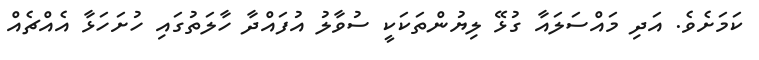
ކަމަށެވެ. އަދި މައްސަލައާ ގުޅޭ ލިޔުންތަކަކީ ސުވާލު އުފައްދާ ހާލަތުގައި ހުށަހަޅާ އެއްޗެއް